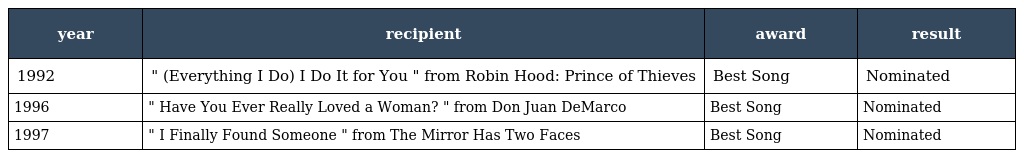
| year | recipient | award | result |
 | --- | --- | --- | --- |
 | 1992 | " (Everything I Do) I Do It for You " from Robin Hood: Prince of Thieves | Best Song | Nominated |
 | 1996 | " Have You Ever Really Loved a Woman? " from Don Juan DeMarco | Best Song | Nominated |
 | 1997 | " I Finally Found Someone " from The Mirror Has Two Faces | Best Song | Nominated |